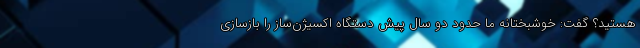
هستید؟ گفت: خوشبختانه ما حدود دو سال پیش دستگاه اکسیژن‌ساز را بازسازی